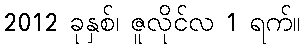
2012 ခုနှစ်၊ ဇူလိုင်လ 1 ရက်။